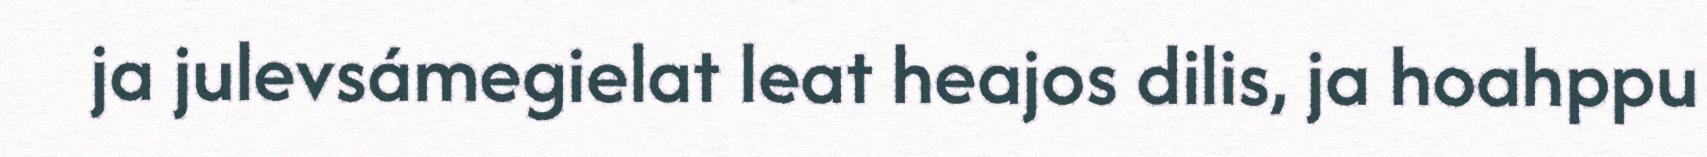
ja julevsámegielat leat heajos dilis, ja hoahppu